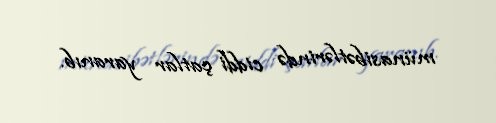
münasibətlərində ciddi çatlar yaranıb.